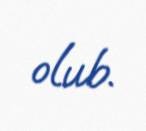
olub.